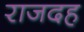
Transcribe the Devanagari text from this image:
राजदह